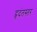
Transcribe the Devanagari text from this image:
हृदंतस्तर